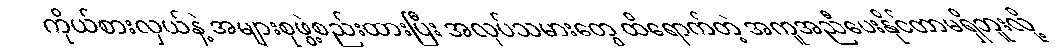
ကိုယ်စားလှယ်နဲ့ အများစုဖွဲ့စည်းထားပြီး အလုပ်သမားတွေ ထိရောက်တဲ့ အကူအညီပေးနိုင်တာမရှိဘူးလို့